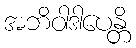
အဘိဝါဒါပေန္တိ